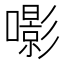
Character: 𡂵